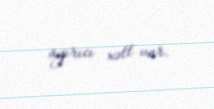
ayırıcı xətt var.